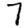
Digit: 7